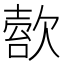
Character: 𣣿